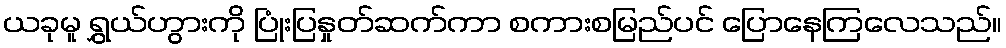
ယခုမူ ရွှယ်ဟွားကို ပြုံးပြနှုတ်ဆက်ကာ စကားစမြည်ပင် ပြောနေကြလေသည်။